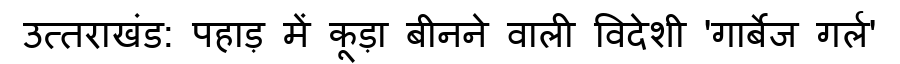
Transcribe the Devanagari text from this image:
उत्तराखंड: पहाड़ में कूड़ा बीनने वाली विदेशी 'गार्बेज गर्ल'